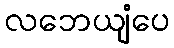
လဘေယျံပေ